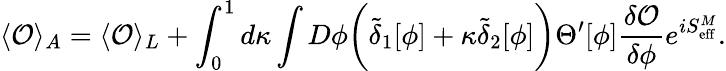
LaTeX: \langle{\cal O}\rangle_{A}=\langle{\cal O}\rangle_{L}+\int_{0}^{1}d\kappa\int D\phi\biggl(\tilde{\delta}_{1}[\phi]+\kappa\tilde{\delta}_{2}[\phi]\biggr)\Theta^{\prime}[\phi]{\frac{\delta{\cal O}}{\delta\phi}}e^{iS_{\mathrm{eff}}^{M}}.